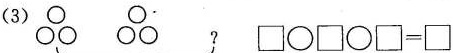
(3) $$\Box \bigcirc \Box \bigcirc \Box = \Box$$